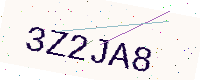
Text: 3Z2JA8